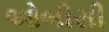
ઓબીસી